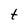
Character: t